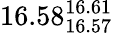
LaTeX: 16.58_{16.57}^{16.61}